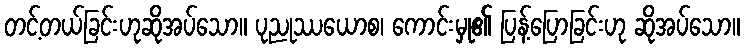
တင့်တယ်ခြင်းဟုဆိုအပ်သော။ ပုညုဿယောစ၊ ကောင်းမှု၏ ပြန့်ပြောခြင်းဟု ဆိုအပ်သော။